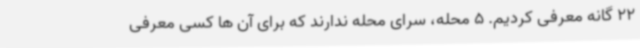
22 گانه معرفی کردیم. 5 محله، سرای محله ندارند که برای آن ها کسی معرفی